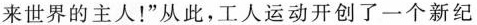
来世界的主人！”从此，工人运动开创了一个新纪